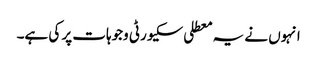
انہوں نے یہ معطلی سکیورٹی وجوہات پر کی ہے۔